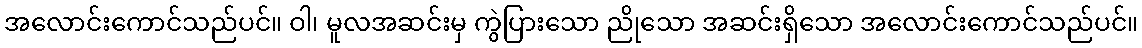
အလောင်းကောင်သည်ပင်။ ဝါ၊ မူလအဆင်းမှ ကွဲပြားသော ညိုသော အဆင်းရှိသော အလောင်းကောင်သည်ပင်။